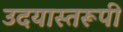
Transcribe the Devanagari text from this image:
उदयास्तरूपी